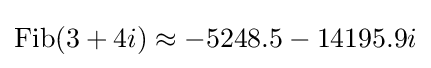
\operatorname {Fib} (3+4i)\approx -5248.5-14195.9i